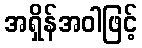
အရှိန်အဝါဖြင့်